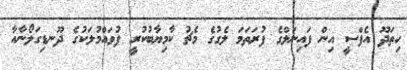
ހިތަދޫ އެފްސީ އިން ފައިނަލްގެ ފުރަތަމަ ލެގުގެ މެޗު ކާމިޔާބުކުރީ ފުވައްމުލަކުގެ ދޫނޑިގަލޯނާއާ